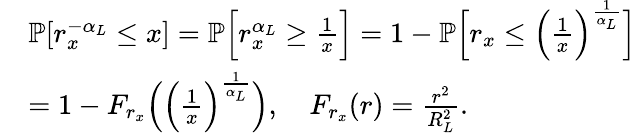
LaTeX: \begin{array}{rl}&{\mathbb{P}[r_{x}^{-\alpha_{L}}\leq x]=\mathbb{P}\Big[r_{x}^{\alpha_{L}}\geq\frac{1}{x}\Big]=1-\mathbb{P}\Big[r_{x}\leq\Big(\frac{1}{x}\Big)^{\frac{1}{\alpha_{L}}}\Big]}\\ &{=1-F_{r_{x}}\Big(\Big(\frac{1}{x}\Big)^{\frac{1}{\alpha_{L}}}\Big),\quad F_{r_{x}}(r)=\frac{r^{2}}{R_{L}^{2}}.}\end{array}